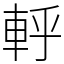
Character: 軤